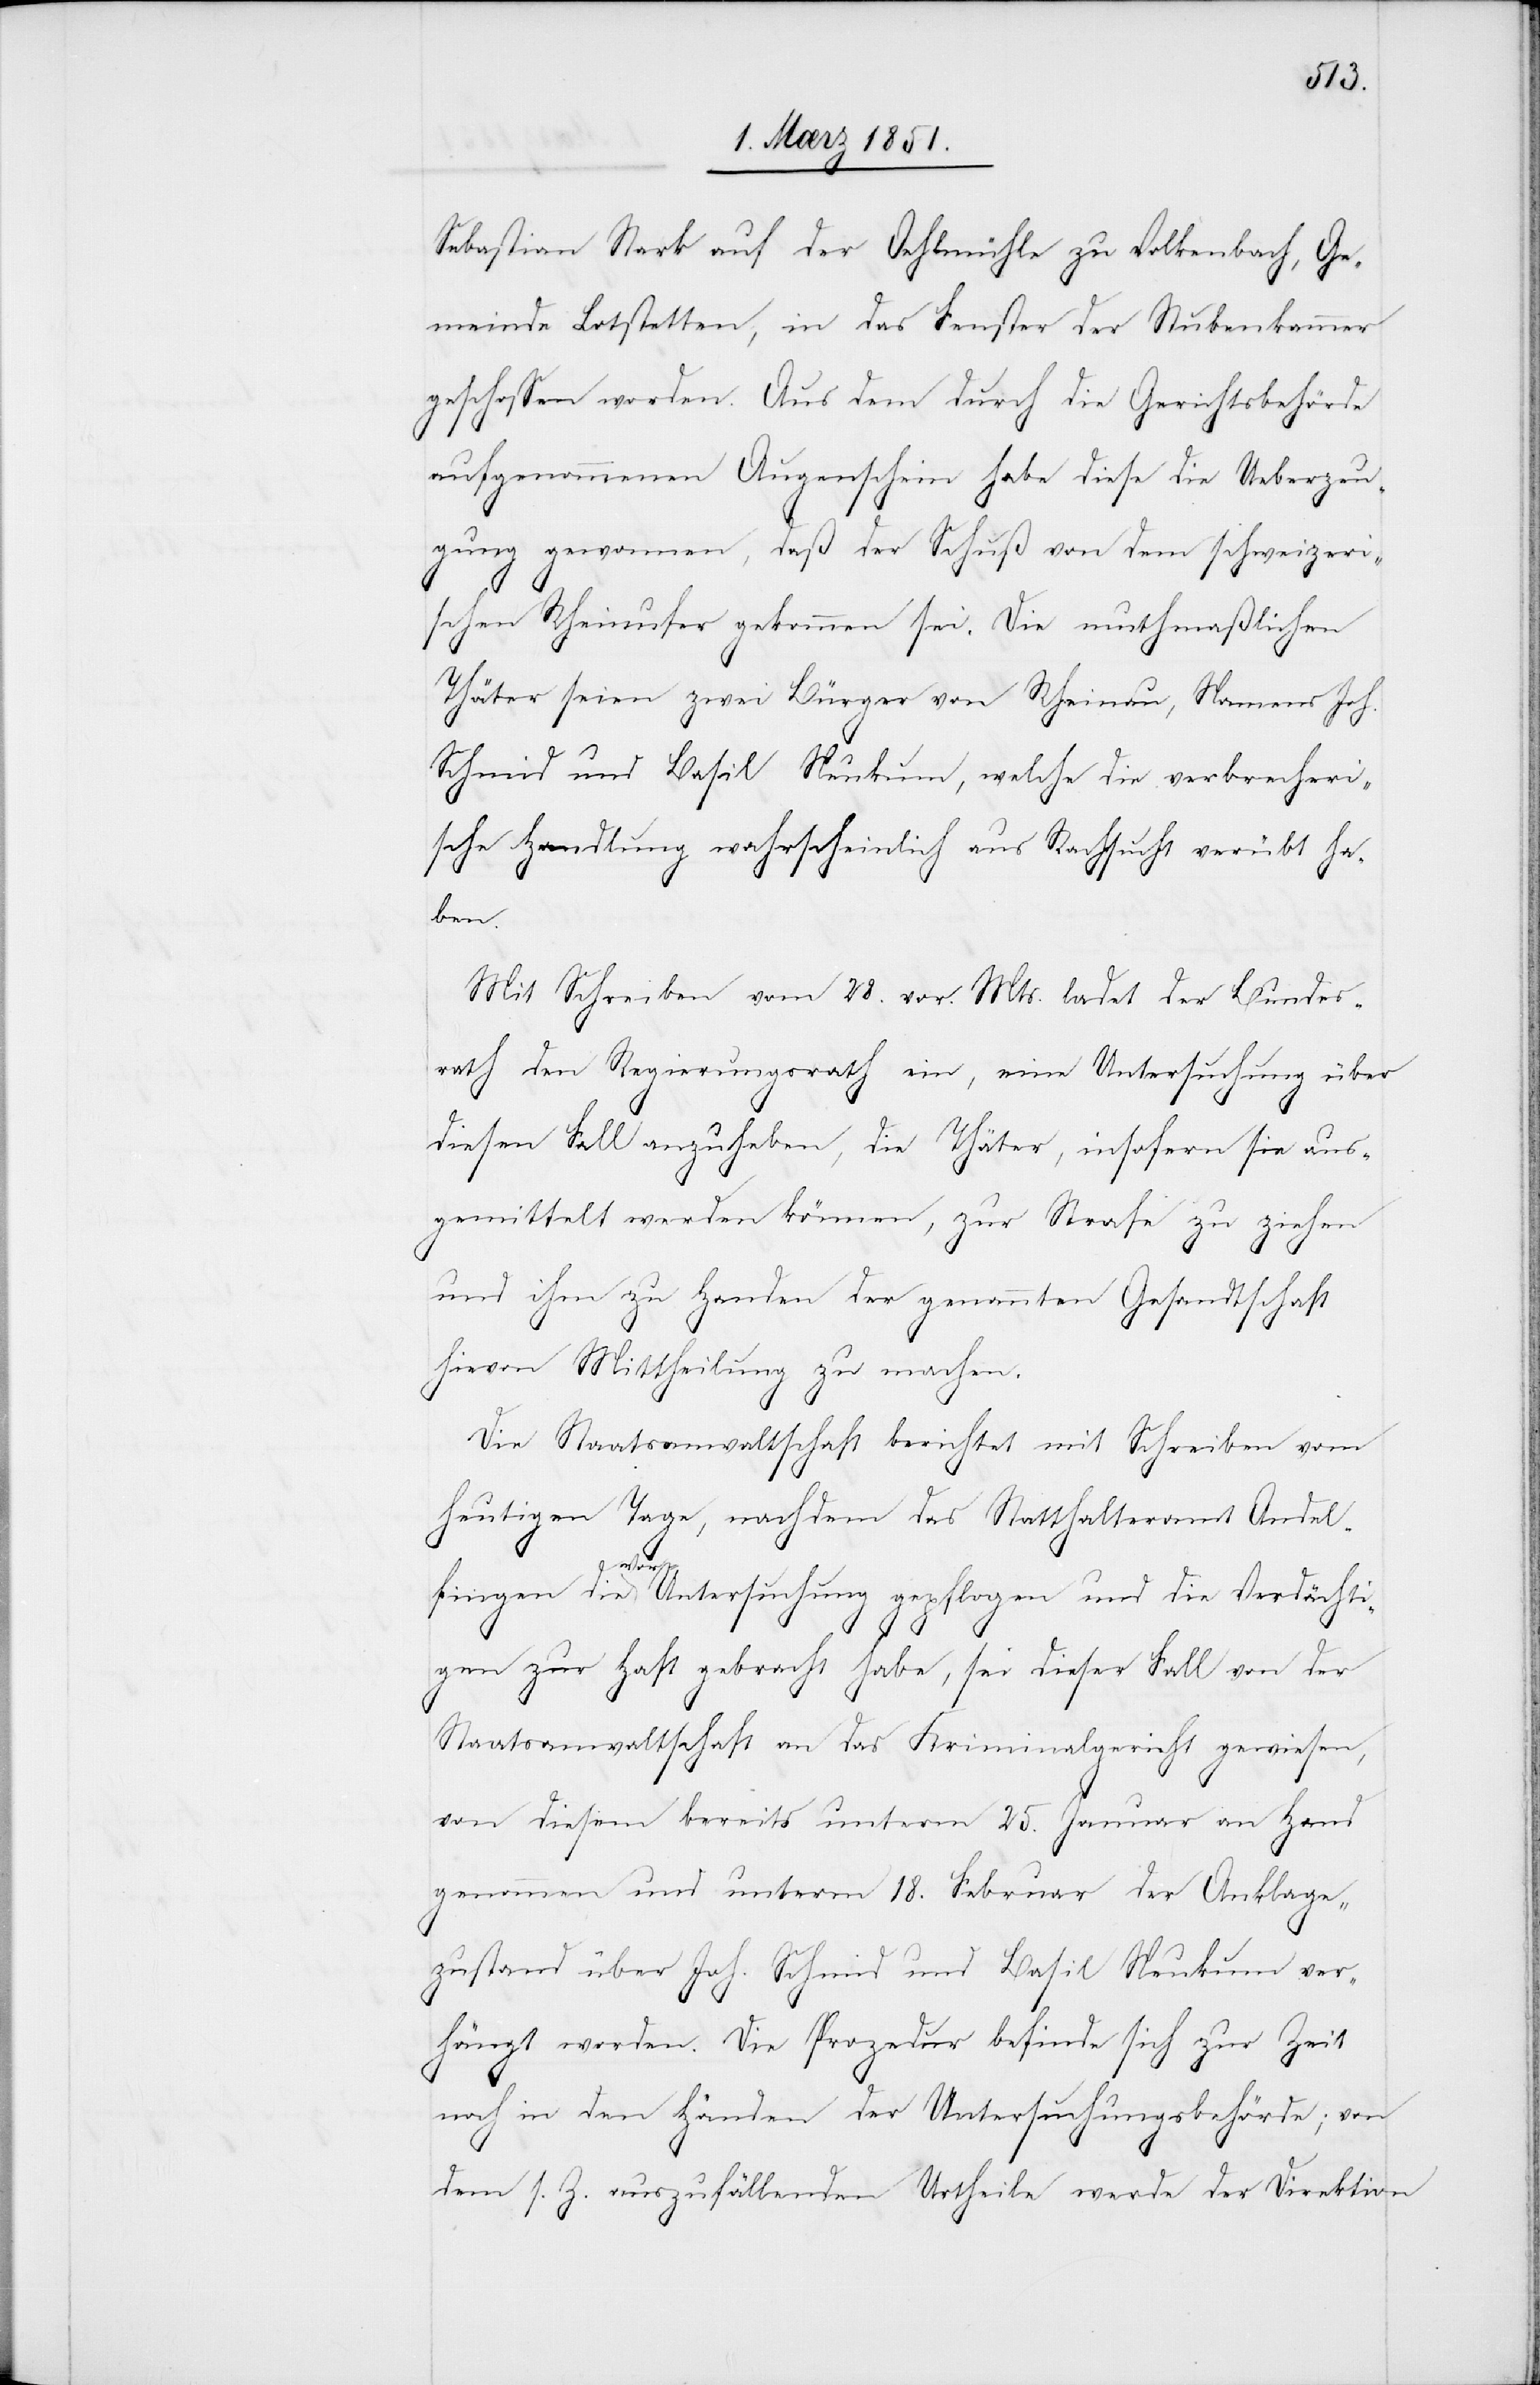
Sebastian Stark auf der Oehlmühle zu Volkenbach, Ge¬
meinde Lotstetten, in das Fenster der Stubenkammer
geschossen worden. Aus dem durch die Gerichtsbehörde
aufgenommenen Augenschein habe diese die Ueberzeu¬
gung gewonnen, daß der Schuß von dem schweizeri¬
schen Rheinufer gekommen sei. Die muthmaßlichen
Thäter seien zwei Bürger von Rheinau, Namens Joh.
Schmid und Basil Neukum, welche die verbrecheri¬
sche Handlung wahrscheinlich aus Rachsucht verübt ha¬
ben.
Mit Schreiben vom 28. vor. Mts. ladet der Bundes¬
rath den Regierungsrath ein, eine Untersuchung über
diesen Fall anzuheben, die Thäter, insofern sie aus¬
gemittelt werden können, zur Strafe zu ziehen
und ihm zu Handen der genannten Gesandtschaft
hievon Mittheilung zu machen.
Die Staatsanwaltschaft berichtet mit Schreiben vom
heutigen Tage, nachdem das Statthalteramt Andel¬
fingen die Vor-Untersuchung gepflogen und die Verdächti¬
gen zur Haft gebracht habe, sei dieser Fall von der
Staatsanwaltschaft an das Kriminalgericht gewiesen,
von diesem bereits unterm 25. Januar an Hand
genommen und unterm 18. Februar der Anklage¬
zustand über Joh. Schmid und Basil Neukum ver¬
hängt worden. Die Prozedur befinde sich zur Zeit
noch in den Händen der Untersuchungsbehörde; von
dem s. Z. auszufällenden Urtheile werde der Direktion